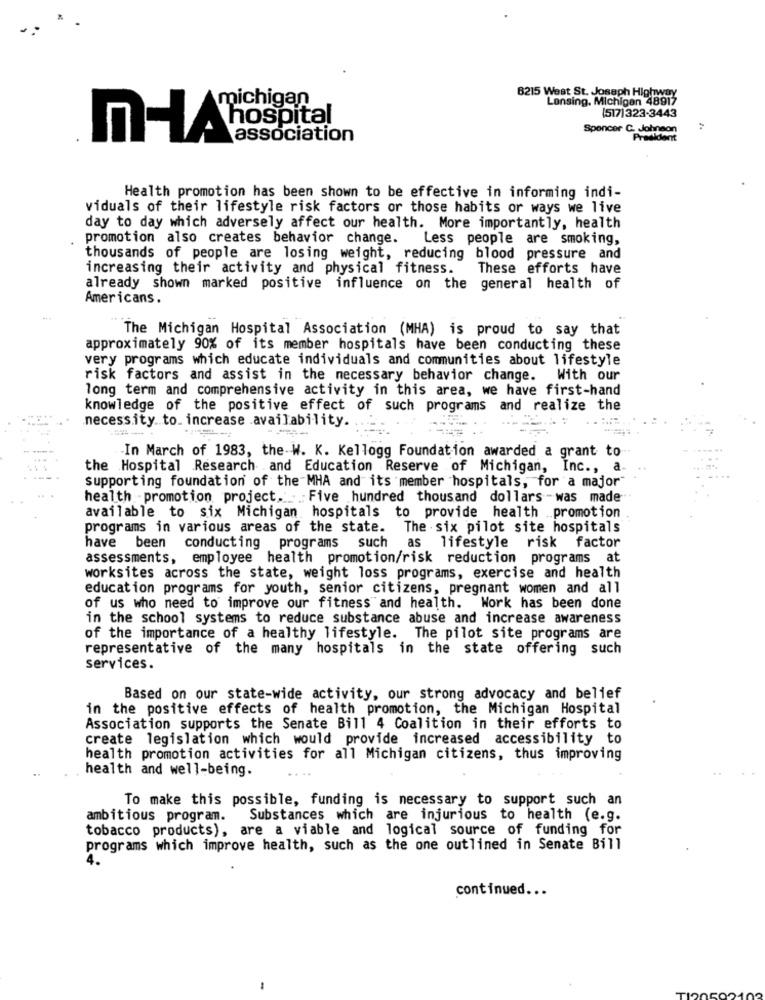
michigan
6215 West St. Joseph Highway
Lensing, Michigan 48917
(517)323-3443
Spencer C. Johnson
I-Ahospital
association
President
Health promotion has been shown to be effective in informing indi-
viduals of their lifestyle risk factors or those habits or ways we live
day to day which adversely affect our health. More importantly, health
promotion also creates behavior change.
Less people are smoking,
thousands of people are losing weight, reducing blood pressure and
increasing their activity and physical fitness.
These efforts have
already shown marked positive influence on the general health of
Americans.
The Michigan Hospital Association (MHA) is proud to say that
approximately 90% of its member hospitals have been conducting these
very programs which educate individuals and communities about lifestyle
risk factors and assist in the necessary behavior change. With our
long term and comprehensive activity in this area, we have first-hand
knowledge of the positive effect of such programs and realize the
necessity to_ increase availability.
-In March of 1983, the W. K. Kellogg Foundation awarded a grant to
the Hospital Research and Education Reserve of Michigan, Inc ., a
supporting foundation of the MHA and its member hospitals, for a major
health -promotion project .: Five hundred thousand dollars -was made
available to six Michigan hospitals to provide health promotion
programs in various areas of the state. The six pilot site hospitals
have been conducting programs such
as
lifestyle risk factor
assessments, employee health promotion/risk reduction programs at
worksites across the state, weight loss programs, exercise and health
education programs for youth, senior citizens, pregnant women and all
of us who need to improve our fitness and health. Work has been done
in the school systems to reduce substance abuse and increase awareness
of the importance of a healthy lifestyle. The pilot site programs are
representative of the many hospitals in the state offering such
services.
Based on our state-wide activity, our strong advocacy and belief
in the positive effects of health promotion, the Michigan Hospital
Association supports the Senate Bill 4 Coalition in their efforts to
create legislation which would provide increased accessibility to
health promotion activities for all Michigan citizens, thus improving
health and well-being.
To make this possible, funding is necessary to support such an
ambitious program.
Substances which are injurious to health (e.g.
tobacco products), are a viable and logical source of funding for
programs which improve health, such as the one outlined in Senate Bill
4.
continued ...
-